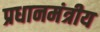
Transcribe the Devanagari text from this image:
प्रधानमंत्रीय